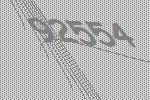
92554